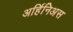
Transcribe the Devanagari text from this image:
अर्हिनिअस